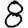
Digit: 8